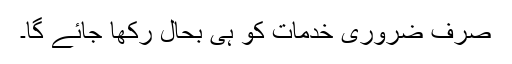
صرف ضروری خدمات کو ہی بحال رکھا جائے گا۔